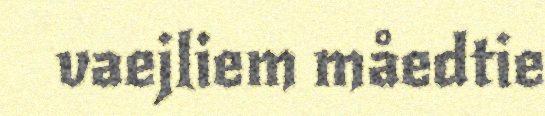
vaejliem måedtie